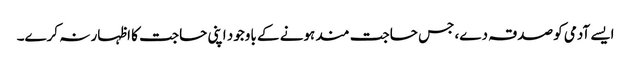
ایسے آدمی کو صدقہ دے، جس حاجت مند ہونے کے باوجود اپنی حاجت کا اظہار نہ کرے۔